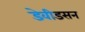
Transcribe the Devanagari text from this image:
डेवीडसन